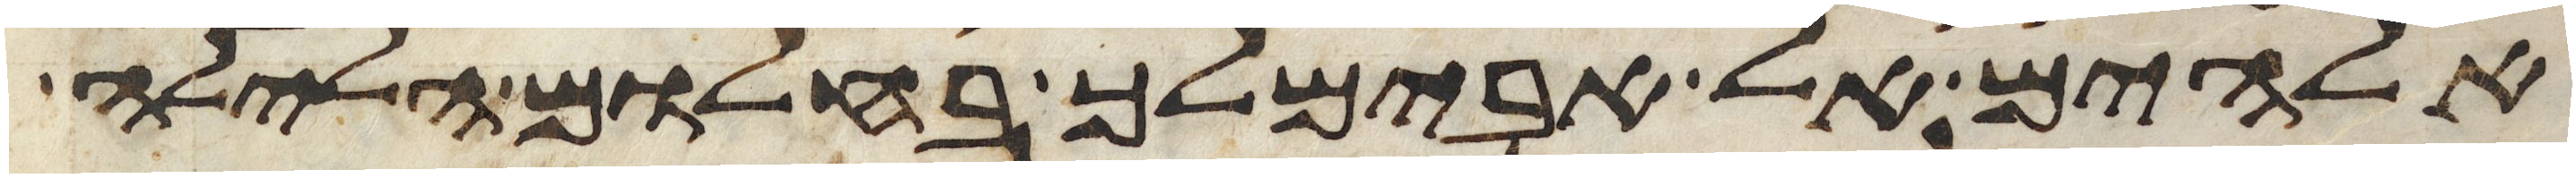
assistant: אלהים אל אבימלך בחלום הלילה